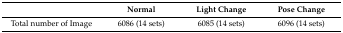
<table><thead><tr><td></td><td><b>Normal</b></td><td><b>Light Change</b></td><td><b>Pose Change</b></td></tr></thead><tbody><tr><td>Total number of Image</td><td>6086 (14 sets)</td><td>6085 (14 sets)</td><td>6096 (14 sets)</td></tr></tbody></table>